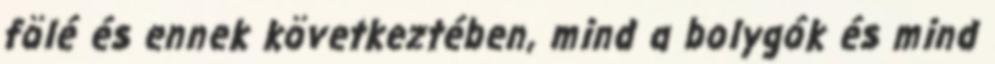
fölé és ennek következtében, mind a bolygók és mind